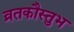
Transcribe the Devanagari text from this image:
व्रतकौस्तुभ